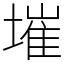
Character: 墔